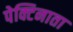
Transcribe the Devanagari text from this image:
पेक्टिनाता